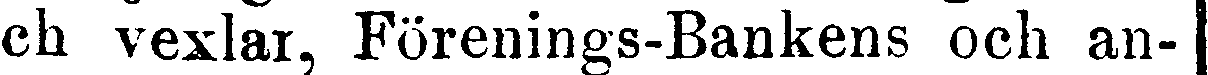
ch vexlar, Förenings-Bankens och an-